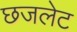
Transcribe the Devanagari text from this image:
छजलेट